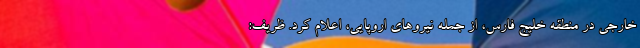
خارجی در منطقه خلیج فارس، از جمله نیروهای اروپایی، اعلام کرد. ظریف: